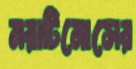
মরাটিনোসের